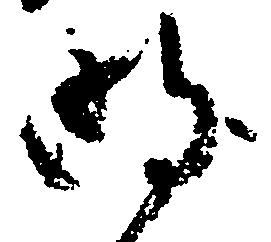
明